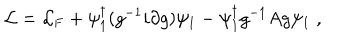
{ \cal L } = { \cal L } _ { \mathrm { F } } + \psi _ { 1 } ^ { \dagger } ( g ^ { - 1 } i \partial g ) \psi _ { 1 } - \psi _ { 1 } ^ { \dagger } g ^ { - 1 } A g \psi _ { 1 } \; ,